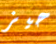
حيز